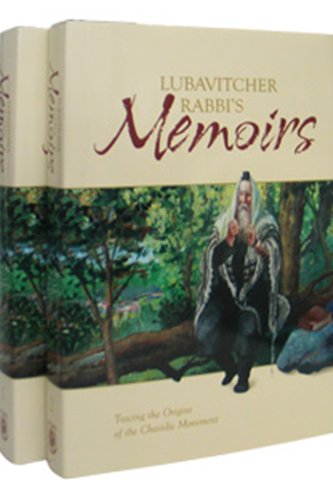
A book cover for Lubavitcher Rabbi's Memoirs: Tracing the Origins of the Chasidic Movement; 2-volume slipcased set; Yoseph Y. Schneersohn; Religion & Spirituality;